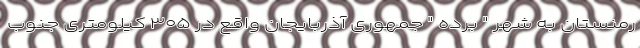
رمنستان به شهر " برده " جمهوری آذربایجان واقع در ۳۰۵ کیلومتری جنوب